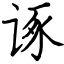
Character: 诼